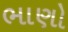
ભાણો